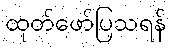
ထုတ်ဖော်ပြသရန်